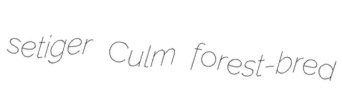
setiger Culm forest-bred